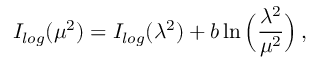
I _ { l o g } ( \mu ^ { 2 } ) = I _ { l o g } ( \lambda ^ { 2 } ) + b \ln \Big ( \frac { \lambda ^ { 2 } } { \mu ^ { 2 } } \Big ) \, ,